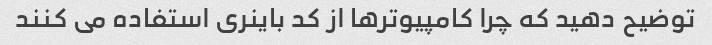
توضیح دهید که چرا کامپیوترها از کد باینری استفاده می کنند